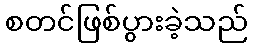
စတင်ဖြစ်ပွားခဲ့သည်